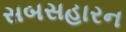
સબસહારન